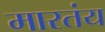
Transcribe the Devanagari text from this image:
मारतंय